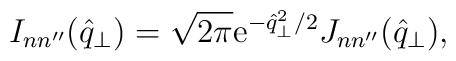
I_{nn''}(\hat{q}_\perp) = \sqrt{2 \pi} {\rm e}^{-\hat{q}_\perp^2/2} J_{nn''}(\hat{q}_\perp),